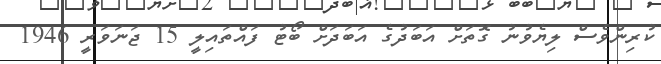
ކުރިންވެސް ލިޔެވުނު ގޮތަށް އަބަދުގެ އަބަދަށް ބޯޓު ފައްތައިލީ 15 ޖަނަވަރީ 1946